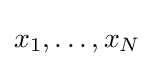
\textstyle x_{1},\dots ,x_{N}